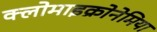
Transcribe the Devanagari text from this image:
क्लोमाइक्रोनेमिया